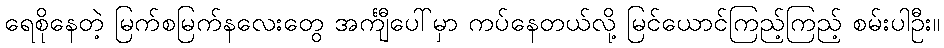
ရေစိုနေတဲ့ မြက်စမြက်နလေးတွေ အင်္ကျီပေါ်မှာ ကပ်နေတယ်လို့ မြင်ယောင်ကြည့်ကြည့် စမ်းပါဦး။